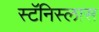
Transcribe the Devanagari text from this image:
स्टॅनिस्लास